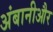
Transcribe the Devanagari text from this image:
अंबानीऔर